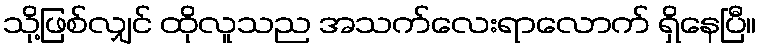
သို့ဖြစ်လျှင် ထိုလူသည အသက်လေးရာလောက် ရှိနေပြီ။